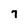
Character: 7